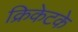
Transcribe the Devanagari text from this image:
क्रिकेटके